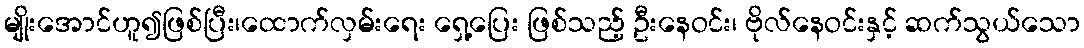
မျိုးအောင်ဟူ၍ဖြစ်ပြီး၊ထောက်လှမ်းရေး ရှေ့ပြေး ဖြစ်သည့် ဦးနေဝင်း၊ ဗိုလ်နေဝင်းနှင့် ဆက်သွယ်သော